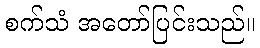
စက်သံ အတော်ပြင်းသည်။